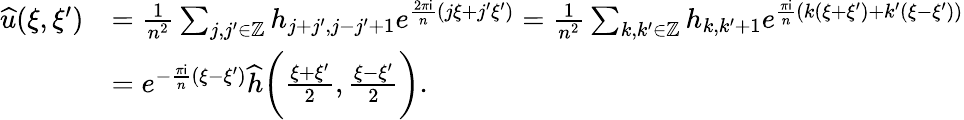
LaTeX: \begin{array}{rl}{\widehat{u}(\xi,\xi^{\prime})}&{=\frac{1}{n^{2}}\sum_{j,j^{\prime}\in\mathbb{Z}}h_{j+j^{\prime},j-j^{\prime}+1}e^{\frac{2\pi\mathsf{i}}{n}(j\xi+j^{\prime}\xi^{\prime})}=\frac{1}{n^{2}}\sum_{k,k^{\prime}\in\mathbb{Z}}h_{k,k^{\prime}+1}e^{\frac{\pi\mathsf{i}}{n}(k(\xi+\xi^{\prime})+k^{\prime}(\xi-\xi^{\prime}))}}\\ &{=e^{-\frac{\pi\mathsf{i}}{n}(\xi-\xi^{\prime})}\widehat{h}\bigg(\frac{\xi+\xi^{\prime}}{2},\frac{\xi-\xi^{\prime}}{2}\bigg).}\end{array}